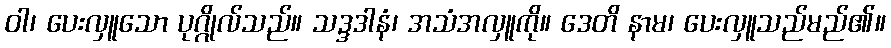
ဝါ၊ ပေးလှူသော ပုဂ္ဂိုလ်သည်။ သဒ္ဒဒါနံ၊ အသံအလှူကို။ ဒေတိ နာမ၊ ပေးလှူသည်မည်၏။